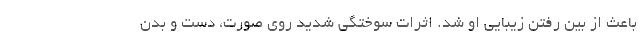
باعث از بین رفتن زیبایی او شد. اثرات سوختگی شدید روی صورت، دست و بدن